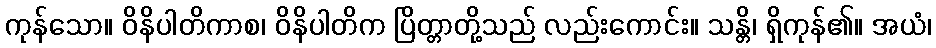
ကုန်သော။ ဝိနိပါတိကာစ၊ ဝိနိပါတိက ပြိတ္တာတို့သည် လည်းကောင်း။ သန္တိ၊ ရှိကုန်၏။ အယံ၊